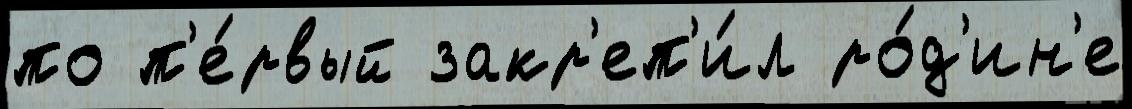
по п'е́рвый закр'еп'и́л ро́д'ин'е